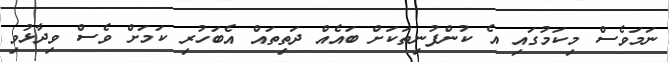
ނަމަވެސް މިކަމުގައި އެ ކުންފުނިތަކަށް ބައެއް ދަތިތައް އެބަހުރި ކަމަށް ވެސް ވިދާޅުވި